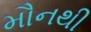
મૌનથી